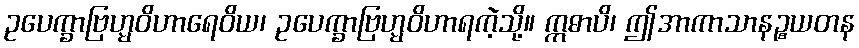
ဥပေက္ခာဗြဟ္မဝိဟာရေဝိယ၊ ဥပေက္ခာဗြဟ္မဝိဟာရကဲ့သို့။ ဣဓာပိ၊ ဤအာကာသာနဉ္စယတန